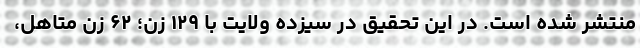
منتشر شده است. در این تحقیق در سیزده ولایت با ۱۲۹ زن؛ ۶۲ زن متاهل،